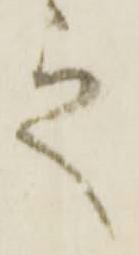
之